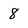
Character: 8